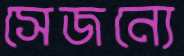
সেজন্যে